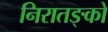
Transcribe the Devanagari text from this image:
निरातङ्को